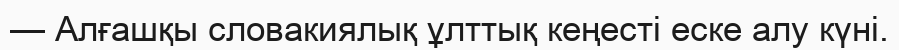
— Алғашқы словакиялық ұлттық кеңесті еске алу күні.